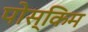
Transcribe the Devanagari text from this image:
पोस्किम